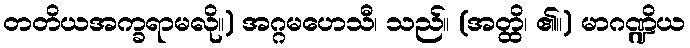
တတိယအက္ခရာမလို။) အဂ္ဂမဟေသီ၊ သည်။ (အတ္ထိ၊ ၏။) မာဂဏ္ဍိယ